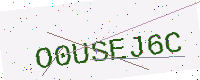
Text: O0USEJ6C